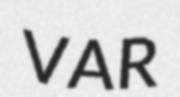
VAR